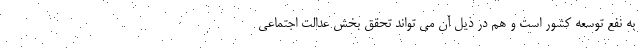
به نفع توسعه کشور است و هم در ذیل آن می تواند تحقق بخش عدالت اجتماعی